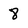
Character: 8